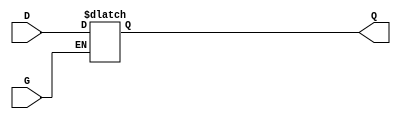
module GatedTransparentLatch (
    input wire D,      // Data input
    input wire G,      // Enable signal
    output reg Q       // Output
);

// Always block to model the behavior of the latch
always @(*) begin
    if (G) begin
        Q = D;        // When G is HIGH, Q follows D
    end else begin
        // When G is LOW, Q retains its last value
        Q = Q;        // Hold the last value
    end
end

endmodule